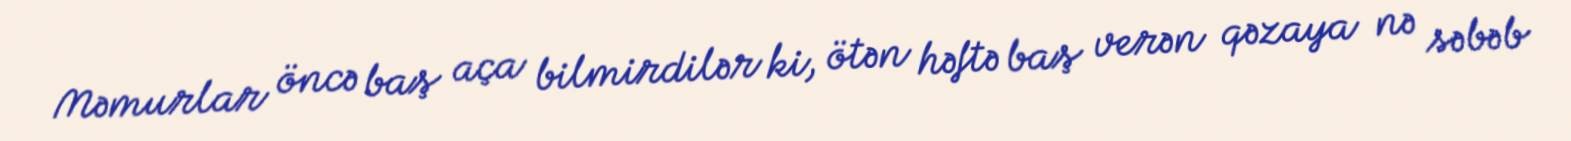
Məmurlar öncə baş aça bilmirdilər ki, ötən həftə baş verən qəzaya nə səbəb